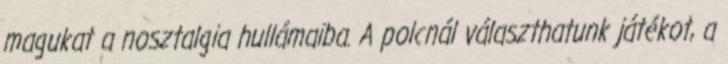
magukat a nosztalgia hullámaiba. A polcnál választhatunk játékot, a